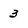
Character: 3